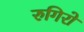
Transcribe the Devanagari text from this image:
रुगिरो